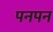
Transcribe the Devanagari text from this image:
पनपन